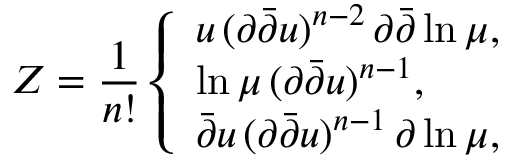
Z = \frac { 1 } { n ! } \left\{ \begin{array} { l } { { u \, ( \partial \bar { \partial } u ) ^ { n - 2 } \, \partial \bar { \partial } \ln \mu , } } \\ { { \ln \mu \, ( \partial \bar { \partial } u ) ^ { n - 1 } , } } \\ { { \bar { \partial } u \, ( \partial \bar { \partial } u ) ^ { n - 1 } \, \partial \ln \mu , } } \end{array} \right.